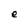
Character: e